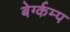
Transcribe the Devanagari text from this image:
बेर्ग्कम्प